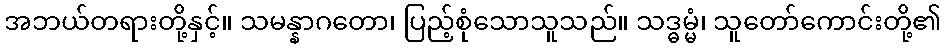
အဘယ်တရားတို့နှင့်။ သမန္နာဂတော၊ ပြည့်စုံသောသူသည်။ သဒ္ဓမ္မံ၊ သူတော်ကောင်းတို့၏